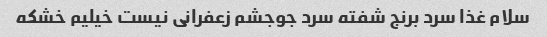
سلام غذا سرد برنج شفته سرد جوجشم زعفرانی نیست خیلیم خشکه